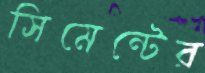
সিমেন্টের